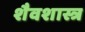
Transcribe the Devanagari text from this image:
शैवशास्त्र